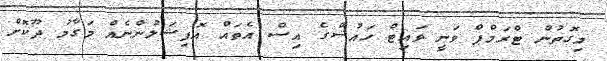
މިގޮތުން ޓްރަމްޕް ވަނީ ވައިޓް ހައުސްގެ އިސް އެތައް އޮފިޝަލުންނެއް މަގާމު ދޫކޮށް